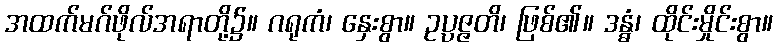
အထက်မဂ်ဖိုလ်အရာတို့၌။ ဂရုကံ၊ နှေးစွာ။ ဥပ္ပဇ္ဇတိ၊ ဖြစ်၏။ ဒန္ဓံ၊ ထိုင်းမှိုင်းစွာ။